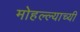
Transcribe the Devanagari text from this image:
मोहल्ल्याच्यी